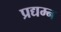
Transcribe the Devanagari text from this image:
प्रद्यम्न